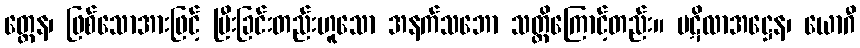
တ္ထေန၊ ဖြစ်သောအားဖြင့် ပြီးခြင်းတည်းဟူသော အနက်သဘော သတ္တိကြောင့်တည်း။ ပဋိလာအဋ္ဌေန၊ ယောဂီ